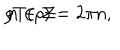
LaTeX: \rho T ( \rho ) = 2 \pi n , \hspace { 1 . 5 c m } n \in { \cal Z }